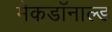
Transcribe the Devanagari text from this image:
मैकडॉनाल्ड